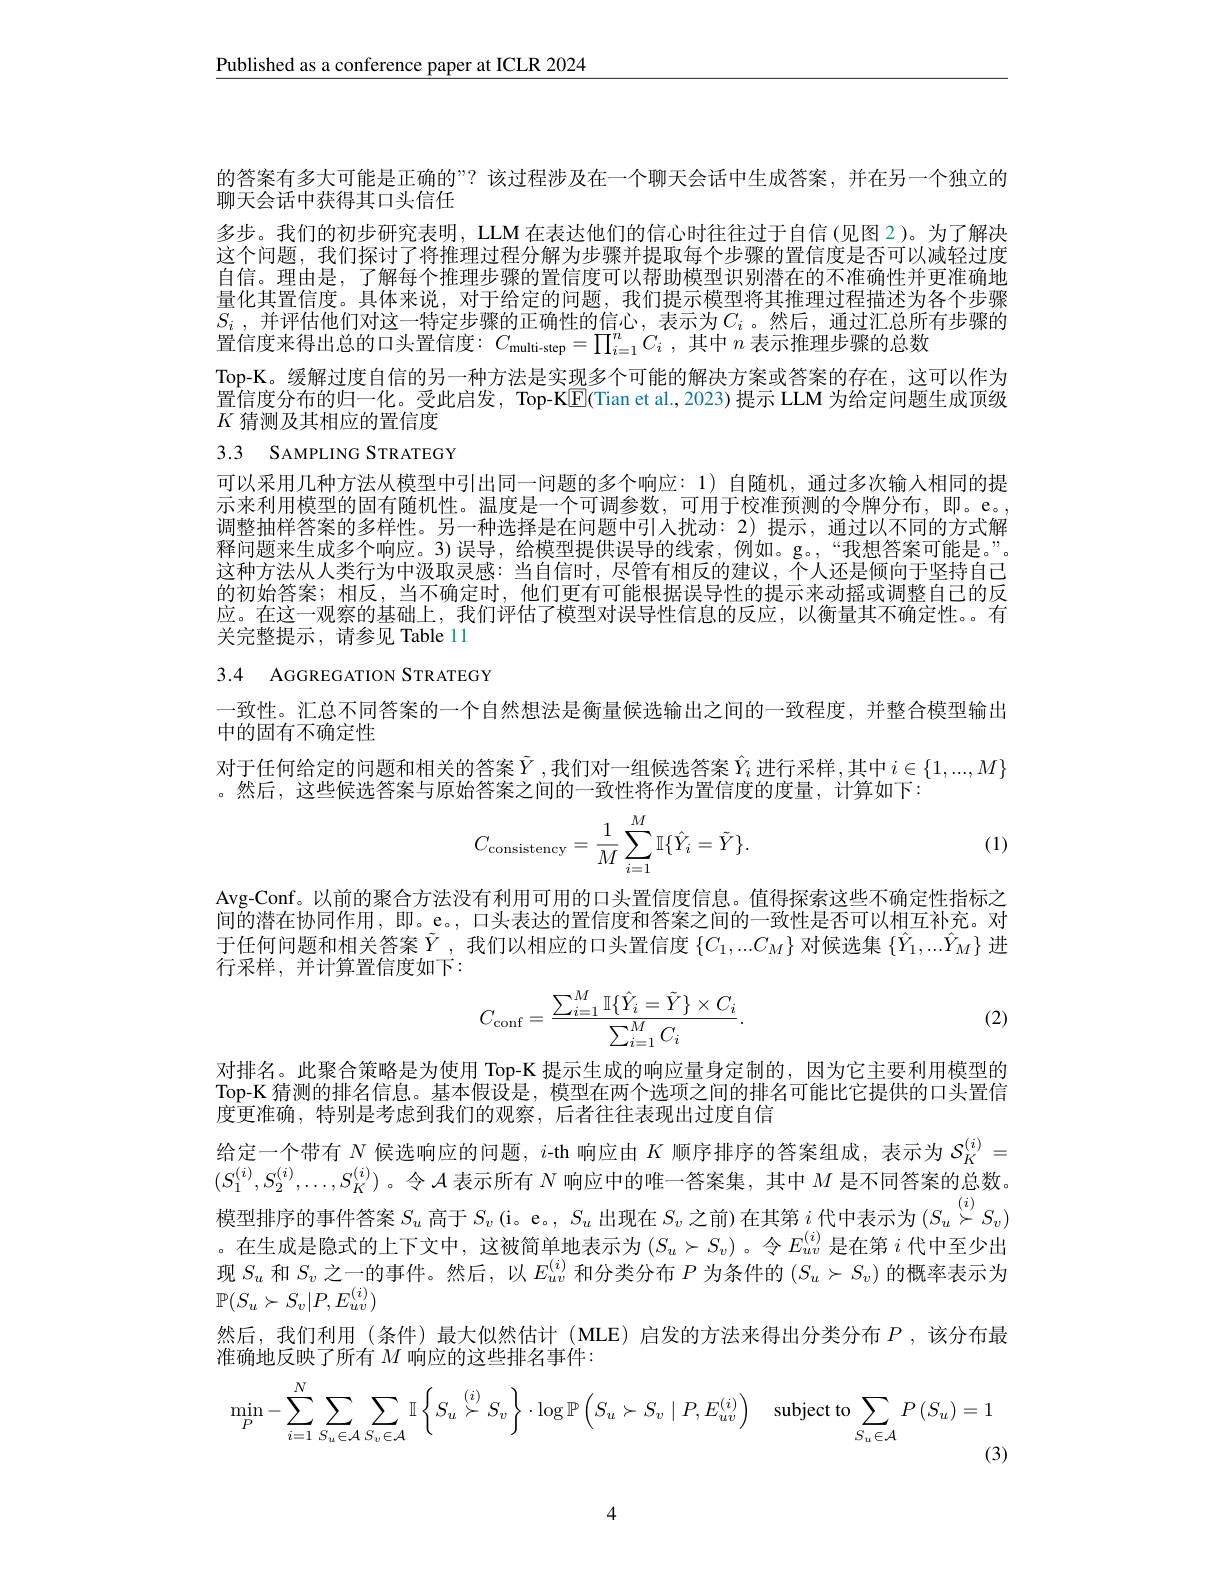
$\underline{\text{Published as a conference paper at ICLR 2024}}$

的答案有多大可能是正确的”? 该过程涉及在一个聊天会话中生成答案，并在另一个独立的
聊天会话中获得其口头信任
多步。我们的初步研究表明，LLM 在表达他们的信心时往往过于自信(见图2)。为了解决这个问题，我们探讨了将推理过程分解为步骤并提取每个步骤的置信度是否可以减轻过度自信。理由是，了解每个推理步骤的置信度可以帮助模型识别潜在的不准确性并更准确地量化其置信度。具体来说，对于给定的问题，我们提示模型将其推理过程描述为各个步骤$S_i$ , 并评估他们对这一特定步骤的正确性的信心，表示为$C_i$ 。然后，通过汇总所有步骤的置信度来得出总的口头置信度：$C_\text{multi-step}=\prod_{i=1}^nC_i$ ,其中$n$表示推理步骤的总数
Top-K。缓解过度自信的另一种方法是实现多个可能的解决方案或答案的存在，这可以作为置信度分布的归一化。受此启发，Top-KE(Tian et al.,2023) 提示 LLM 为给定问题生成顶级$K$猜测及其相应的置信度

# 3.3 SAMPLING STRATEGY

可以采用几种方法从模型中引出同一问题的多个响应：1)自随机，通过多次输入相同的提示来利用模型的固有随机性。温度是一个可调参数，可用于校准预测的令牌分布，即。e。调整抽样答案的多样性。另一种选择是在问题中引人扰动：2) 提示，通过以不同的方式解释问题来生成多个响应。3)误导，给模型提供误导的线索，例如。g。“我想答案可能是。”。这种方法从人类行为中汲取灵感：当自信时，尽管有相反的建议，不人还是倾向于坚持自己的初始答案；相反，当不确定时，他们更有可能根据误导性的提示来动摇或调整自己的反应。在这一观察的基础上，我们评估了模型对误导性信息的反应，以衡量其不确定性。。有关完整提示，请参见 Table 11

3.4 AGGREGATION STRATEGY

一致性。汇总不同答案的一个自然想法是衡量候选输出之间的一致程度，并整合模型输出
中的固有不确定性
对于任何给定的问题和相关的答案$\tilde{Y}$,我们对一组候选答案$\hat{Y}_i$ 进行采样 ,其中$i\in\{1,...,M\}$
。然后，这些候选答案与原始答案之间的一致性将作为置信度的度量，计算如下：
$$C_{\text{consistency}}=\frac{1}{M}\sum_{i=1}^{M}\mathbb{I}\{\hat{Y}_{i}=\tilde{Y}\}.$$
(1)

Avg-Conf。以前的聚合方法没有利用可用的口头置信度信息。值得探索这些不确定性指标之间的潜在协同作用，即。e。, 口头表达的置信度和答案之间的一致性是否可以相互补充。对于任何问题和相关答案$\tilde{Y}$ ,我们以相应的口头置信度$\{C_1,...C_M\}$对候选集$\{\hat{Y}_1,...\hat{Y}_M\}$进行采样，并计算置信度如下：
$$C_{\mathrm{conf}}=\frac{\sum_{i=1}^M\mathbb{I}\{\hat{Y}_i=\tilde{Y}\}\times C_i}{\sum_{i=1}^MC_i}.$$
(2)

对排名。此聚合策略是为使用 Top-K 提示生成的响应量身定制的，因为它主要利用模型的Top-K 猜测的排名信息。基本假设是，模型在两个选项之间的排名可能比它提供的口头置信度更准确，特别是考虑到我们的观察，后者往往表现出过度自信
给定一个带有$N$候选响应的问题，$i$-th 响应由$K$顺序排序的答案组成，表示为$\mathcal{S}_K^{(i)}=$ $(S_{1}^{(i)},S_{2}^{(i)},\ldots,S_{K}^{(i)})$。令$\mathcal{A}$表示所有$N$响应中的唯一答案集，其中$M$是不同答案的总数。模型排序的事件答案$S_u$高于$S_v$ (i。e。, $S_u$出现在$S_v$之前)在其第$i$代中表示为$(S_u\stackrel{(\iota)}{\operatorname*{\operatorname*{\operatorname*{\operatorname*{\operatorname*{\to}}}}}}S_v)$ 。在生成是隐式的上下文中，这被简单地表示为$(S_u\succ S_v)$ 。令$E_{uv}^{(i)}$是在第$i$代中至少出现$S_u$和$S_v$之一的事件。然后，以$E_uv^{(i)}$和分类分布$P$为条件的$(S_u\succ S_v)$的概率表示为$\mathbb{P}(S_u\succ S_v|P,E_{uv}^{(i)})$
然后，我们利用(条件)最大似然估计(MLE)启发的方法来得出分类分布$P$ ,该分布最
准确地反映了所有$M$响应的这些排名事件：
$$\min_{P}-\sum_{i=1}^{N}\sum_{S_{u}\in\mathcal{A}}\sum_{S_{v}\in\mathcal{A}}\mathbb{I}\left\{S_{u}\stackrel{(i)}{\succ}S_{v}\right\}\cdot\log\mathbb{P}\left(S_{u}\succ S_{v}\mid P,E_{uv}^{(i)}\right)\quad\text{subject to}\sum_{S_{u}\in\mathcal{A}}P\left(S_{u}\right)=1$$
(3)

4